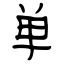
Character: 单